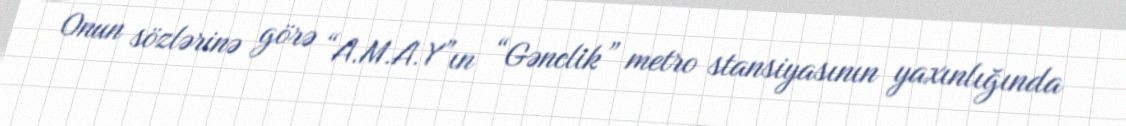
Onun sözlərinə görə “A.M.A.Y”ın “Gənclik” metro stansiyasının yaxınlığında